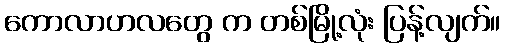
ကောလာဟလတွေ က တစ်မြို့လုံး ပြန့်လျက်။